Civil Veterinary Department. Central Provinces & Berar 1932-41 - 1932-1941
Year: 1932
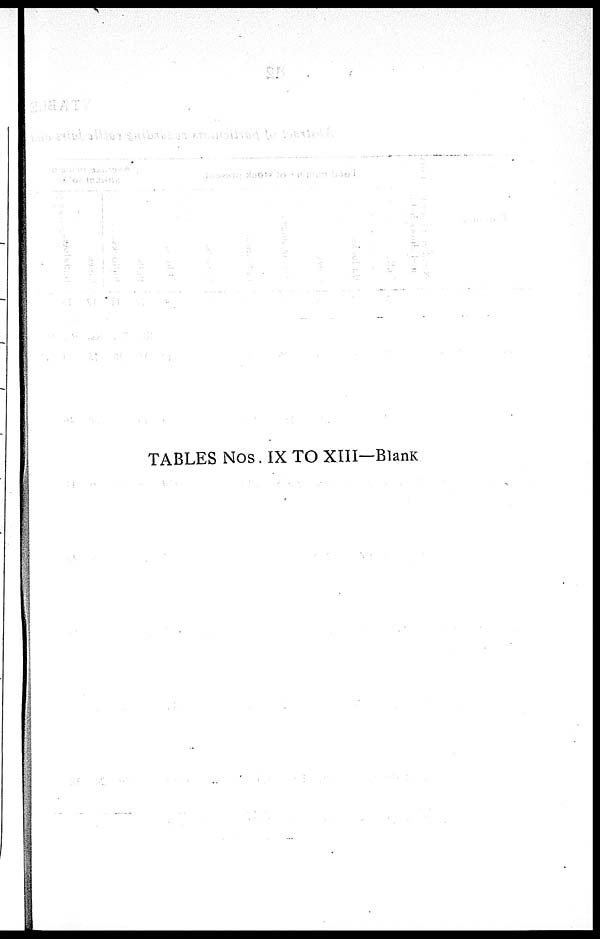
TABLES NOS. IX TO XIII—Blank